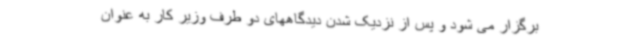
برگزار می شود و پس از نزدیک شدن دیدگاههای دو طرف وزیر کار به عنوان